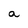
Character: a